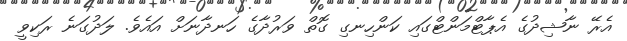
އެރޭ ނާޝިދުގެ އެޕާޓްމަންޓްގައި ކަންހިނގި ގޮތް ވަރުދާގެ ހަނދާނަށް އައެވެ. ލަދުގަނެ ރަކިވީ